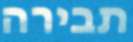
תבירה